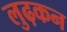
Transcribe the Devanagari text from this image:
लुढ़कन